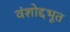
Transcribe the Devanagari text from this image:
वंशोद्दभूत